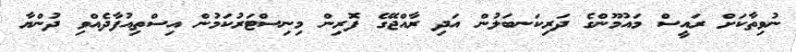
ނުވިތާކަށް ރައީސް މައުމޫންގެ ދަރިކަނބަލުން އަދި ރާއްޖޭގެ ފޮރިން މިނިސްޓަރުކަމުން އިސްތިއުފާދެއްވި ދުންޔާ